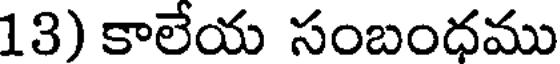
13) కాలేయ సంబంధము